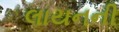
લાયનની